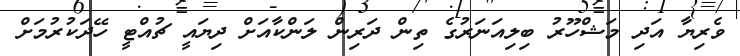
ވެރިޔާ އަދި މަޝްހޫރު ބިލިއަނަރުގެ ތިން ދަރިން ލަންކާއަށް ދިޔައީ ޗުއްޓީ ހޭދަކުރުމަށް